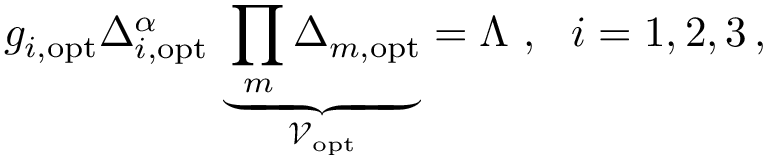
g _ { i , \mathrm { o p t } } \Delta _ { i , \mathrm { o p t } } ^ { \alpha } \, \underbrace { \prod _ { m } \Delta _ { m , \mathrm { o p t } } } _ { \mathcal { V } _ { \mathrm { o p t } } } = \Lambda \ , \ \ i = 1 , 2 , 3 \, ,